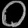
Digit: ၀